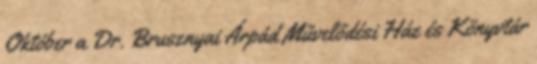
Október a Dr. Brusznyai Árpád Művelődési Ház és Könyvtár